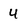
Character: 4